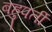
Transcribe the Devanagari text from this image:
बहुपर्ती